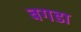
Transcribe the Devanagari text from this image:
बगडा